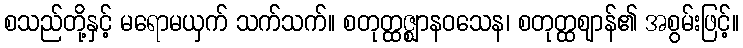
စသည်တို့နှင့် မရောမယှက် သက်သက်။ စတုတ္ထဇ္ဈာနဝသေန၊ စတုတ္ထဈာန်၏ အစွမ်းဖြင့်။